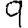
Digit: 9